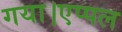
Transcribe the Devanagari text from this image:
गया।एप्पल